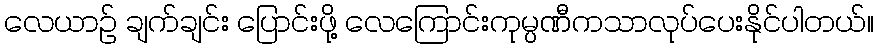
လေယာဉ် ချက်ချင်း ပြောင်းဖို့ လေကြောင်းကုမ္ပဏီကသာလုပ်ပေးနိုင်ပါတယ်။